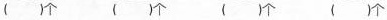
( )个 ( )个 ( )个 ( )个